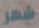
شهر